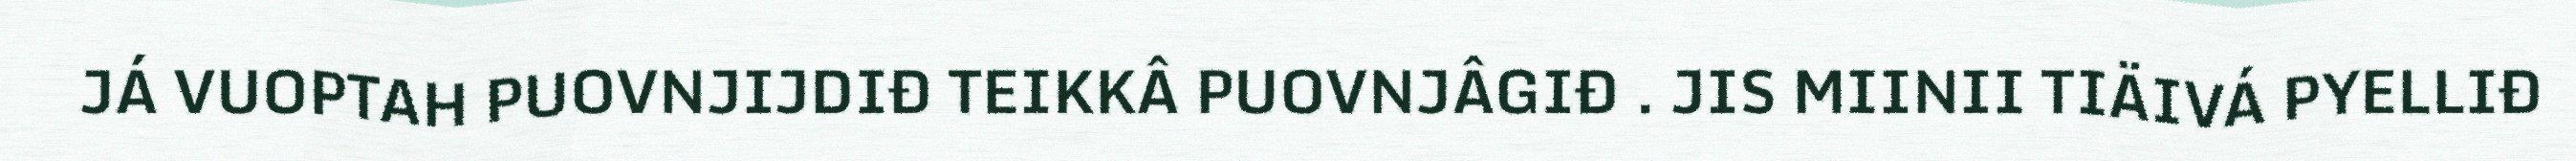
JÁ VUOPTAH PUOVNJIJDIĐ TEIKKÂ PUOVNJÂGIĐ . JIS MIINII TIÄIVÁ PYELLIĐ